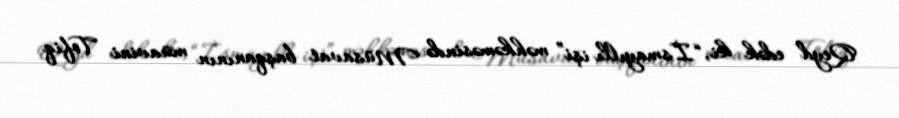
Qeyd edək ki, “İsmayıllı işi” məhkəməsində Müsavat başqanının müavini Tofiq